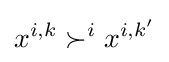
x^{i,k}\succ ^{i}x^{i,k'}